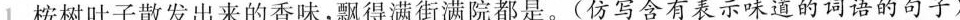
1.桉树叶子散发出来的香味，飘得满街满院都是。(仿写含有表示味道的词语的句子)